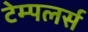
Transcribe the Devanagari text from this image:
टेम्पलर्स